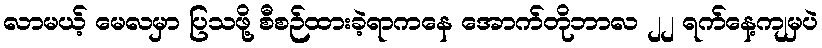
လာမယ့် မေလမှာ ပြသဖို့ စီစဉ်ထားခဲ့ရာကနေ အောက်တိုဘာလ ၂၂ ရက်နေ့ကျမှပဲ